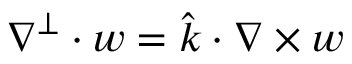
\nabla ^ { \perp } \cdot w = \hat { k } \cdot \nabla \times w